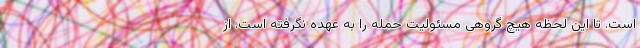
است. تا این لحظه هیچ گروهی مسئولیت حمله را به عهده نگرفته است. از